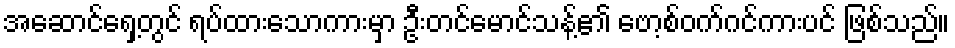
အဆောင်ရှေ့တွင် ရပ်ထားသောကားမှာ ဦးတင်မောင်သန့်၏ ဗော့စ်ဝက်ဂင်ကားပင် ဖြစ်သည်။